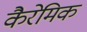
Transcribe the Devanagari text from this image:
कैरेमिक